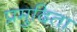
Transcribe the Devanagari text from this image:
प्रमुदिता